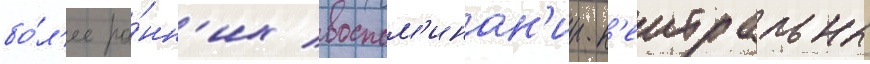
бо́л'ее ра́нн'их воспом'инан'ии н'еитральны